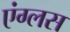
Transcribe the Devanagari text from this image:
एंग्लस